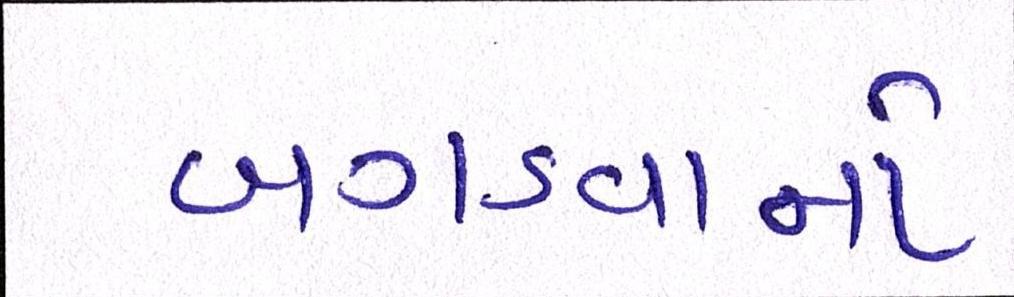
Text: બગડવાનો